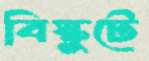
বিস্কুটে